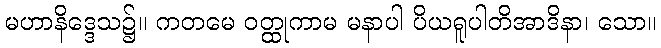
မဟာနိဒ္ဒေသ၌။ ကတမေ ဝတ္ထုကာမ မနာပါ ပိယရူပါတိအာဒိနာ၊ သော။